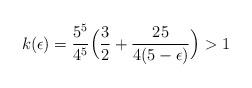
LaTeX: \begin{align*}k(\epsilon)=\frac{5^5}{4^5}\Big(\frac32+\frac{25}{4(5-\epsilon)}\Big) >1\end{align*}